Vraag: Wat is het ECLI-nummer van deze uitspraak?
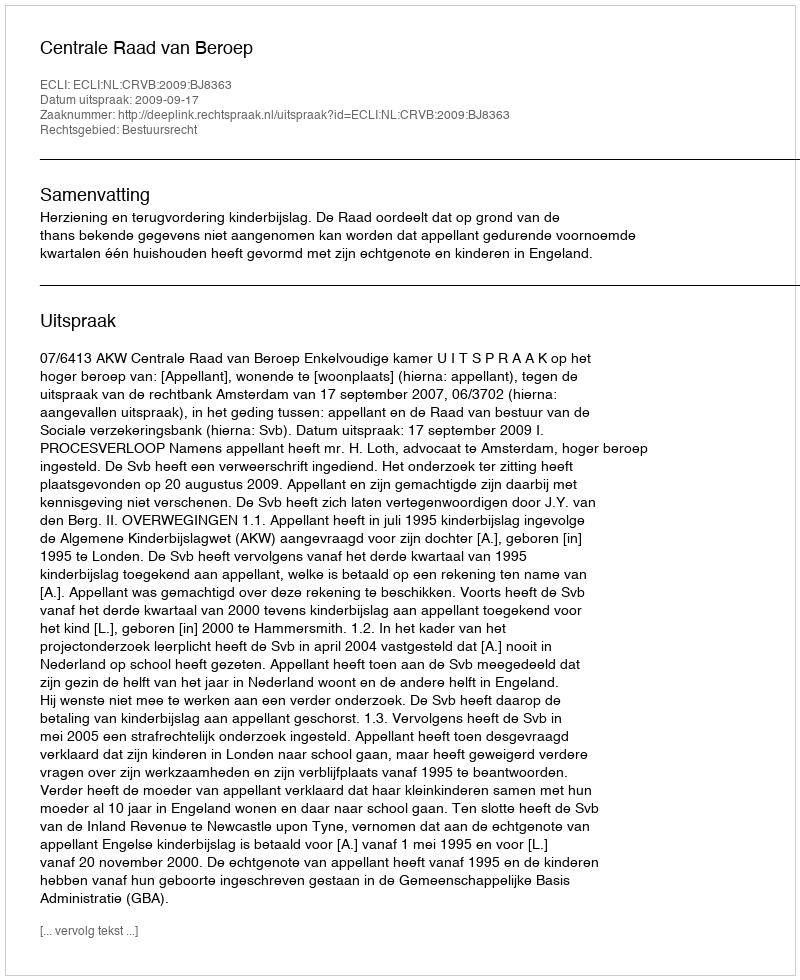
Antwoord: ECLI:NL:CRVB:2009:BJ8363